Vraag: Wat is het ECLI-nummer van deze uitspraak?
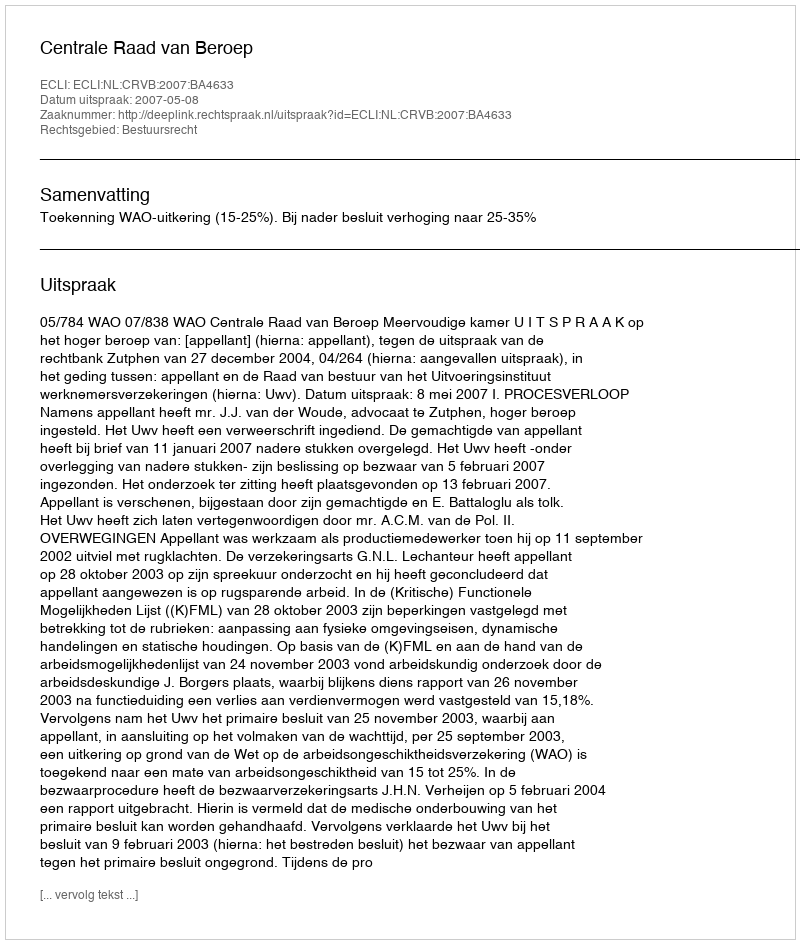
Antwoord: ECLI:NL:CRVB:2007:BA4633